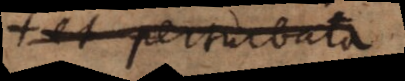
et perturbata.